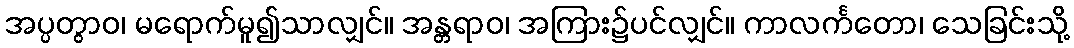
အပ္ပတွာဝ၊ မရောက်မူ၍သာလျှင်။ အန္တရာဝ၊ အကြား၌ပင်လျှင်။ ကာလင်္ကတော၊ သေခြင်းသို့